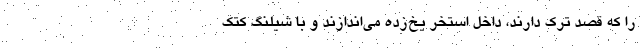
را که قصد ترک دارند، داخل استخر یخ‌زده می‌اندازند و با شیلنگ کتک